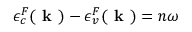
\epsilon _ { c } ^ { F } ( \textbf { k } ) - \epsilon _ { v } ^ { F } ( \textbf { k } ) = n \omega